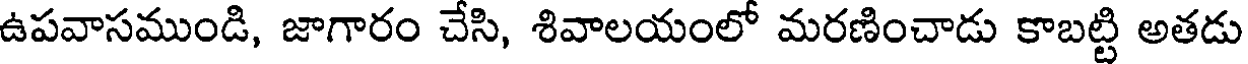
ఉపవాసముండి, జాగారం చేసి, శివాలయంలో మరణించాడు కాబట్టి అతడు